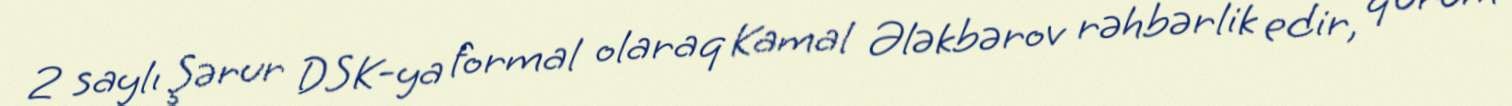
2 saylı Şərur DSK-ya formal olaraq Kamal Ələkbərov rəhbərlik edir, qurum